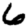
Digit: 6